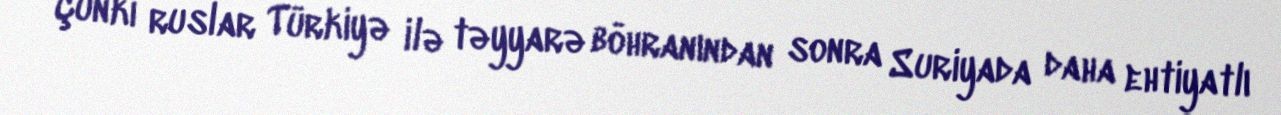
Çünki ruslar Türkiyə ilə təyyarə böhranından sonra Suriyada daha ehtiyatlı